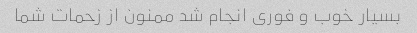
بسیار خوب و فوری انجام شد ممنون از زحمات شما